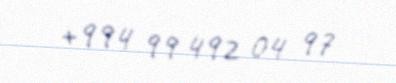
+994 99 492 04 97